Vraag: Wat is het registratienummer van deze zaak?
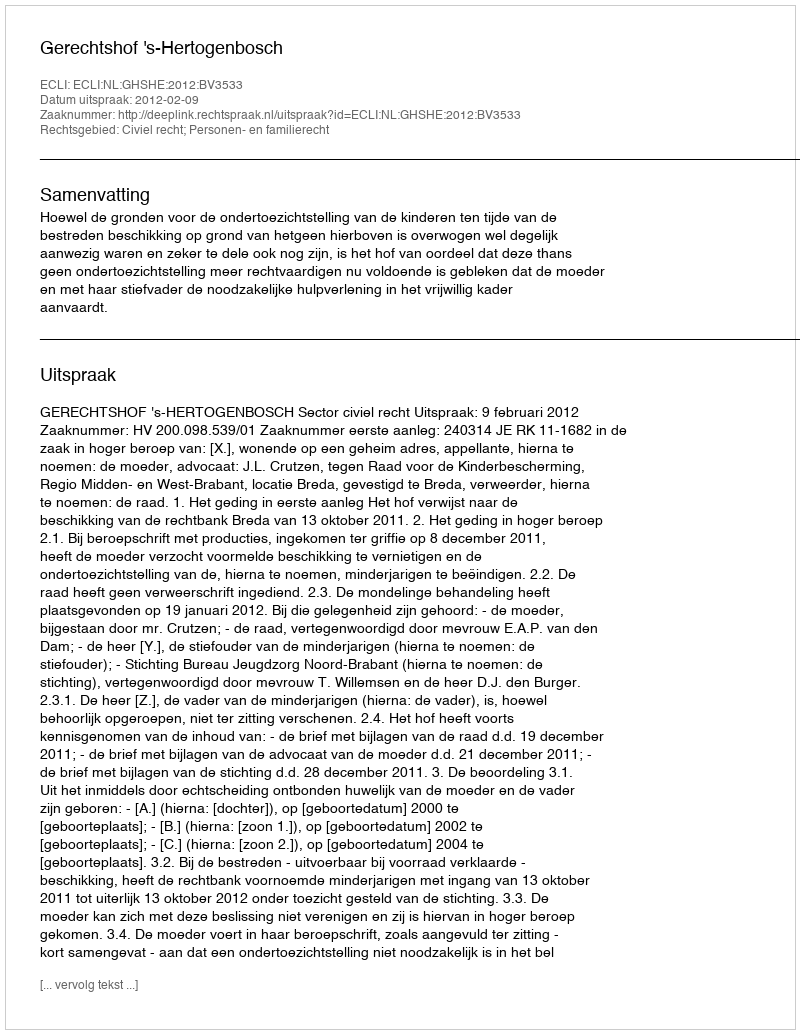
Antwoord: http://deeplink.rechtspraak.nl/uitspraak?id=ECLI:NL:GHSHE:2012:BV3533